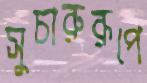
সুচারুরূপে